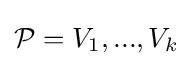
{\mathcal {P}}={V_{1},...,V_{k}}